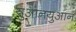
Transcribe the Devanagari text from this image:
युआनयुआन